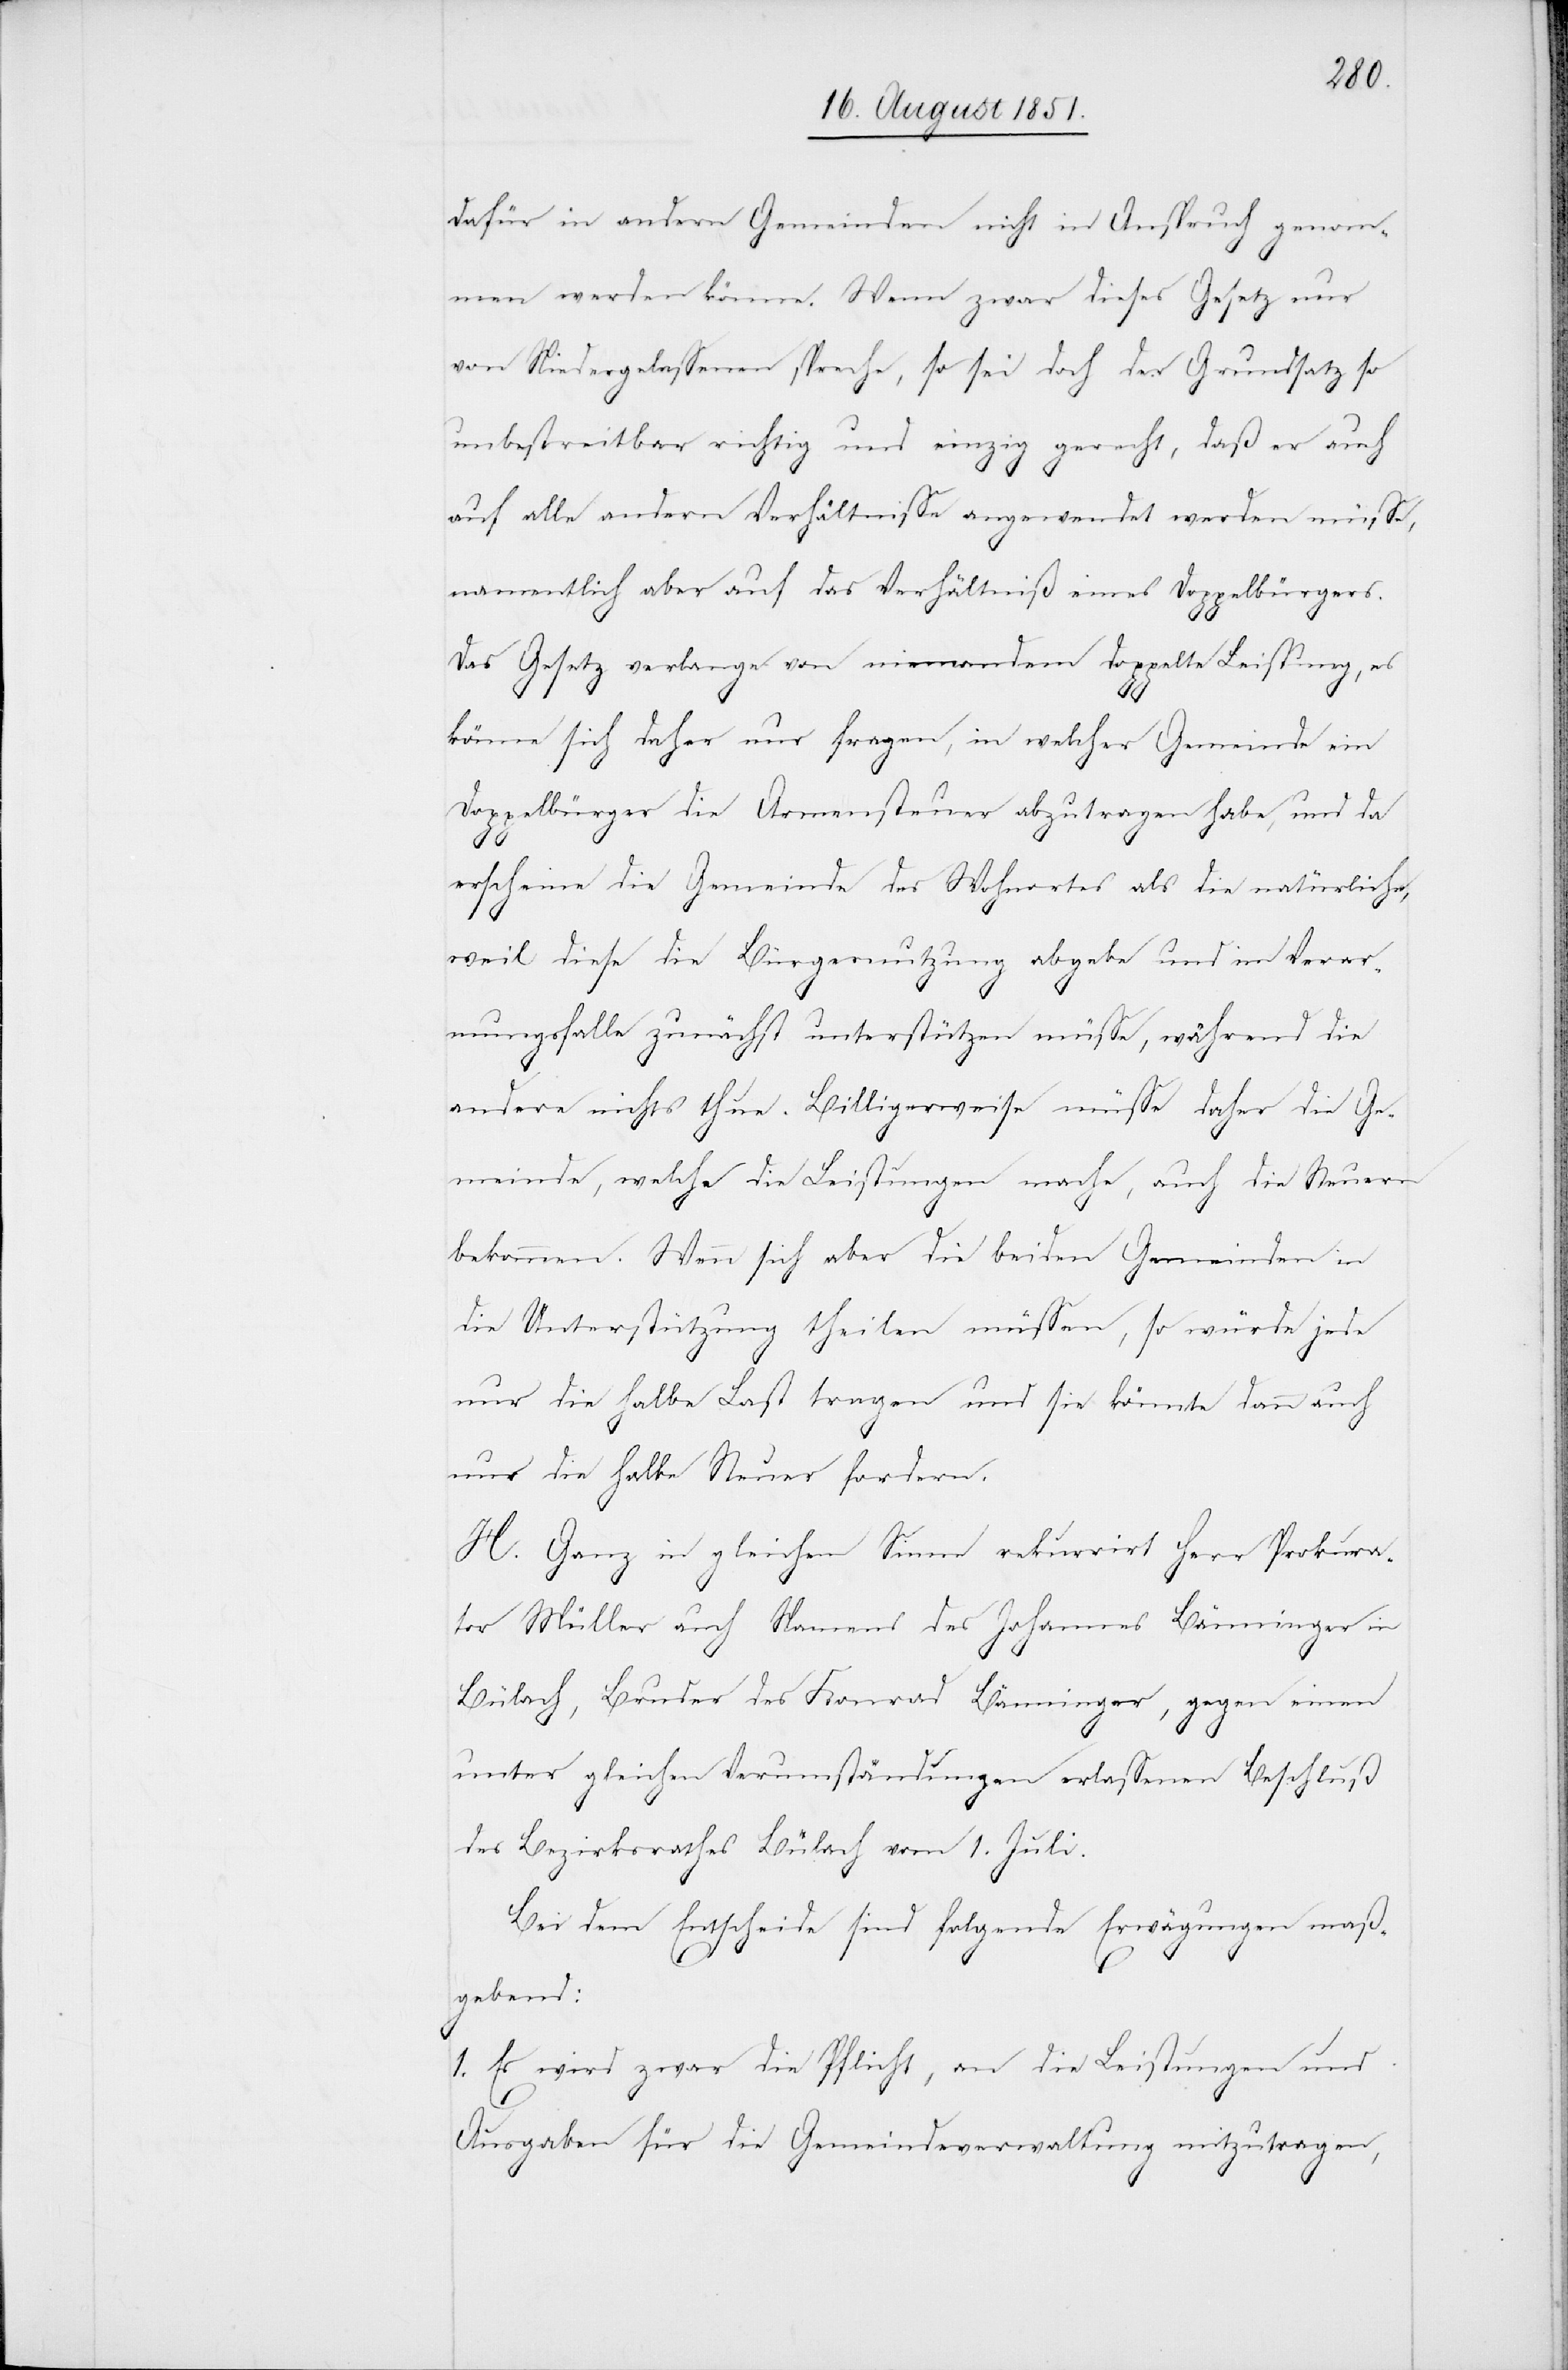
dafür in andern Gemeinden nicht in Anspruch genom¬
men werden könne. Wenn zwar dieses Gesetz nur
von Niedergelassenen spreche, so sei doch der Grundsatz so
unbestreitbar richtig und einzig gerecht, daß er auch
auf alle andern Verhältnisse angewendet werden müsse,
namentlich aber auf das Verhältniß eines Doppelbürgers.
Das Gesetz verlange von niemandem doppelte Leistung, es
könne sich daher nur fragen, in welcher Gemeinde ein
Doppelbürger die Armensteuer abzutragen habe, und da
erscheine die Gemeinde des Wohnortes als die natürliche,
weil diese die Bürgernutzung abgebe und im Verar¬
mungsfalle zunächst unterstützen müsse, während die
andere nichts thue. Billigerweise müsse daher die Ge¬
meinde, welche die Leistungen mache, auch die Steuern
bekommen. Wenn sich aber die beiden Gemeinden in
die Unterstützung theilen müssen, so würde jede
nur die halbe Last tragen und sie könnte dann auch
nur die halbe Steuer fordern.
H. Ganz in gleichem Sinne rekurrirt Herr Prokura¬
tor Müller auch Namens des Johannes Bänninger in
Bülach, Bruder des Konrad Bänninger, gegen einen
unter gleichen Verumständungen erlassenen Beschluß
des Bezirksrathes Bülach vom 1. Juli.
Bei dem Entscheide sind folgende Erwägungen maß¬
gebend:
1. Es wird zwar die Pflicht, an die Leistungen und
Ausgaben für die Gemeindeverwaltung mitzutragen,